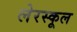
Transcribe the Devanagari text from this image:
लेरस्कूल